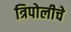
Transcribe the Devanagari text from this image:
त्रिपोलीचे